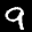
Label: 9